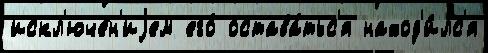
искл'юче́н'иjем его́ остава́тьс'я наход'и́лс'я